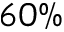
6 0 \%